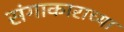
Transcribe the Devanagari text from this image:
संगाकाराच्या